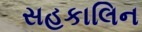
સહકાલિન